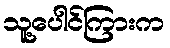
သူ့ပေါင်ကြားက